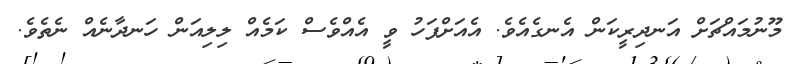
މޫނުމައްޗަށް އަނދިރީކަން އެނގެއެވެ. އެއަށްފަހު ވީ އެއްވެސް ކަމެއް ލިލިއަން ހަނދާނެއް ނެތެވެ.